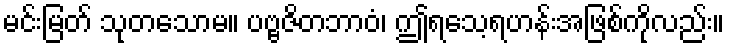
မင်းမြတ် သုတသောမ။ ပဗ္ဗဇိတဘာဝံ၊ ဤရသေ့ရဟန်းအဖြစ်ကိုလည်း။